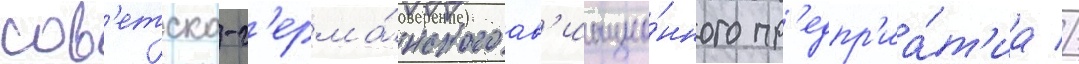
сов'етско-г'ерма́нского ав'иацио́нного пр'едпр'иа́т'иа //